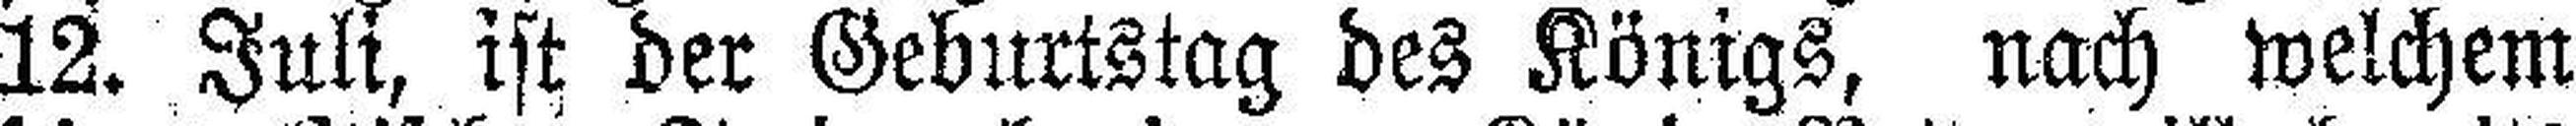
12. Juli, ist der Geburtstag des Königs, nach welchem